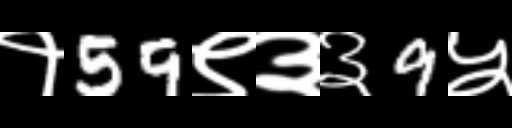
Text: १59९३३9५